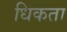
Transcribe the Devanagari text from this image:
धिकता